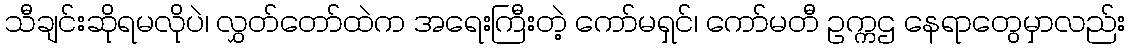
သီချင်းဆိုရမလိုပဲ၊ လွှတ်တော်ထဲက အရေးကြီးတဲ့ ကော်မရှင်၊ ကော်မတီ ဥက္ကဌ နေရာတွေမှာလည်း